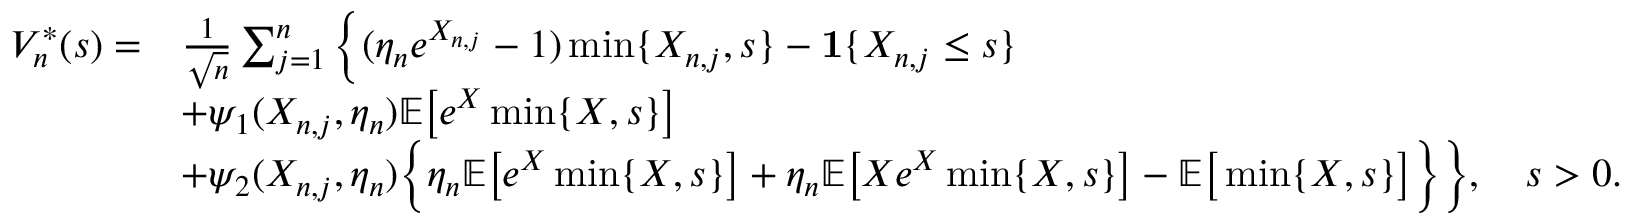
\begin{array} { r l } { V _ { n } ^ { * } ( s ) = } & { \frac { 1 } { \sqrt { n } } \sum _ { j = 1 } ^ { n } \Big \{ ( \eta _ { n } e ^ { X _ { n , j } } - 1 ) \operatorname* { m i n } \{ X _ { n , j } , s \} - \mathbf { 1 } \{ X _ { n , j } \leq s \} } \\ & { + \psi _ { 1 } ( X _ { n , j } , \eta _ { n } ) \mathbb { E } \big [ e ^ { X } \operatorname* { m i n } \{ X , s \} \big ] } \\ & { + \psi _ { 2 } ( X _ { n , j } , \eta _ { n } ) \Big \{ \eta _ { n } \mathbb { E } \big [ e ^ { X } \operatorname* { m i n } \{ X , s \} \big ] + \eta _ { n } \mathbb { E } \big [ X e ^ { X } \operatorname* { m i n } \{ X , s \} \big ] - \mathbb { E } \big [ \operatorname* { m i n } \{ X , s \} \big ] \Big \} \Big \} , \quad s > 0 . } \end{array}